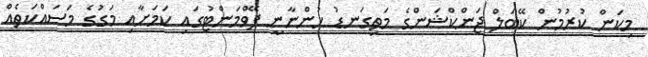
މިކަން ކުރުމުން ކޭބަލް ޖަންކްޝަންގެ މަތިގަނޑު ހުންނާނީ ޕޭވްމަންޓުގައި ކަމަށާއި މަގުގެ މަސައްކަތެއް